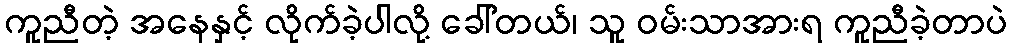
ကူညီတဲ့ အနေနှင့် လိုက်ခဲ့ပါလို့ ခေါ်တယ်၊ သူ ဝမ်းသာအားရ ကူညီခဲ့တာပဲ